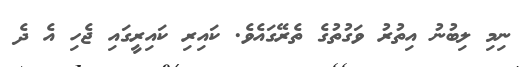
ނިމި ލިބުނު އިތުރު ވަގުތުގެ ތެރޭގައެވެ. ކައިރި ކައިރީގައި ޖެހި އެ ދެ